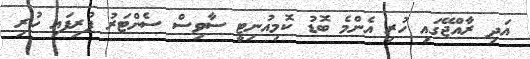
އަދި ރާއްޖޭގައި ހުރި އެންމެ ބޮޑު ކޮމިއުނިޓީ ސާވިސް ސެންޓަރު ފުރިފައި ހުރި